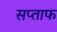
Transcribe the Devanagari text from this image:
सप्ताफ